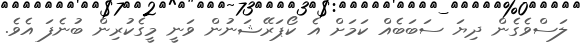
ލަސްވެގެން ދިޔަ ސަބަބެއް ކަމަށް އެ ކޯޕަރޭޝަނުން ވަނީ މީގެކުރިން ބުނެފަ އެވެ.